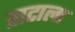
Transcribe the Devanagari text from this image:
ताटाला